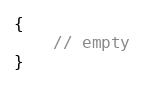
Language: C++
{
    // empty
}